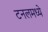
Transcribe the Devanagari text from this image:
टनलमध्ये